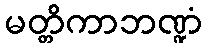
မတ္တိကာဘဏ္ဍံ